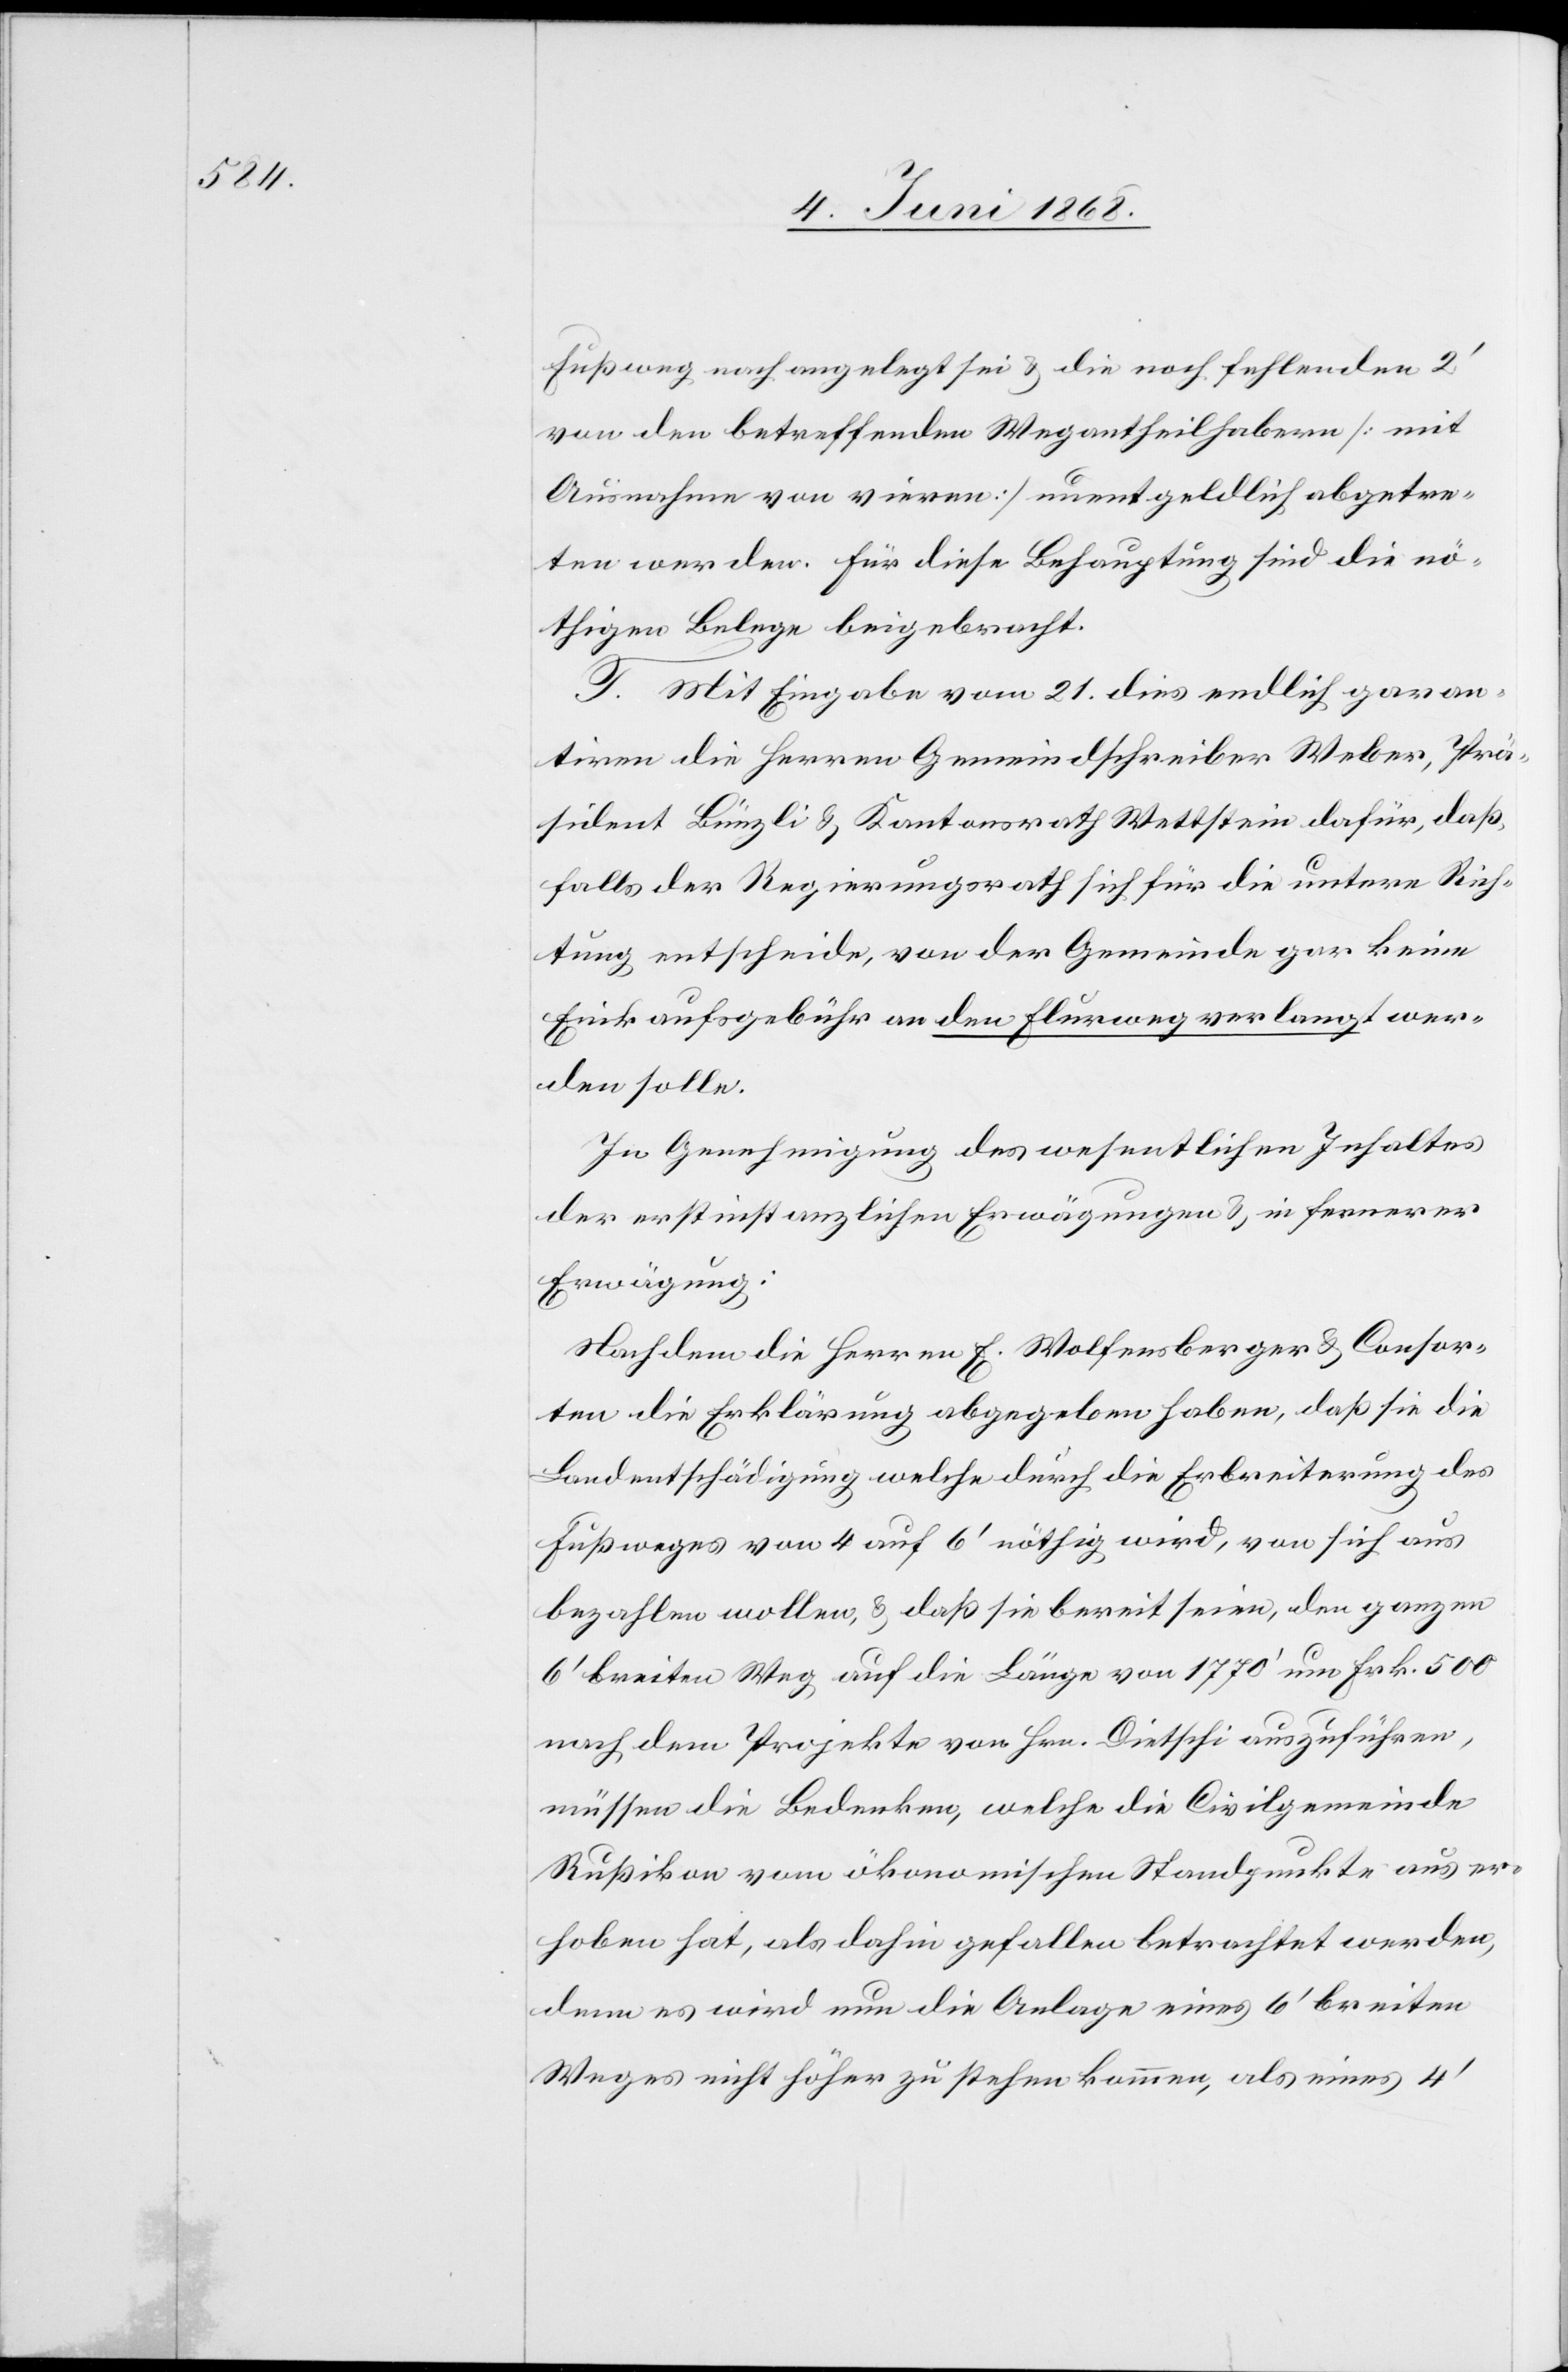
Fußweg nach angelegt sei & die noch fehlenden 2‘
von den betreffenden Wegantheilhabern [mit
Ausnahme von vieren] unentgeldlich abgetre¬
ten werden. Für diese Behauptung sind die nö¬
thigen Belege beigebracht.
T. Mit Eingabe vom 21. dies endlich garan¬
tiren die Herren Gemeindschreiber Weber, Prä¬
sident Bünzli & Kantonsrath Wettstein dafür, daß,
falls der Regierungsrath sich für die untere Rich¬
tung entscheide, von der Gemeinde gar keine
Einkaufsgebühr an den Flurweg verlangt wer¬
den solle.
In Genehmigung des wesentlichen Inhaltes
der erstinstanzlichen Erwägungen & in fernerer
Erwägung:
Nachdem die Herren E. Wolfensberger & Consor¬
ten die Erklärung abgegeben haben, daß sie die
Landentschädigung welche durch die Erbreiterung des
Fußweges von 4 auf 6‘ nöthig wird, von sich aus
bezahlen wollen, & daß sie bereit seien, den ganzen
6‘ breiten Weg auf die Länge von 1770‘ um Frk. 500
nach dem Projekte von Hrn. Dietschi auszuführen,
müssen die Bedenken, welche die Civilgemeinde
Rußikon vom ökonomischen Standpunkte aus er¬
hoben hat, als dahin gefallen betrachtet werden,
denn es wird nun die Anlage eines 6‘ breiten
Weges nicht höher zu stehen kommen, als eines 4‘